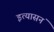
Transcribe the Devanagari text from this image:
इत्यासनं